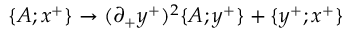
\{ A ; x ^ { + } \} \rightarrow ( \partial _ { + } y ^ { + } ) ^ { 2 } \{ A ; y ^ { + } \} + \{ y ^ { + } ; x ^ { + } \}